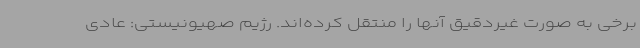
برخی به صورت غیردقیق آنها را منتقل کرده‌اند. رژیم صهیونیستی: عادی